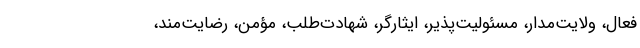
فعال، ولایت‌مدار، مسئولیت­پذیر، ایثارگر، شهادت‌طلب، مؤمن، رضایت‌مند،